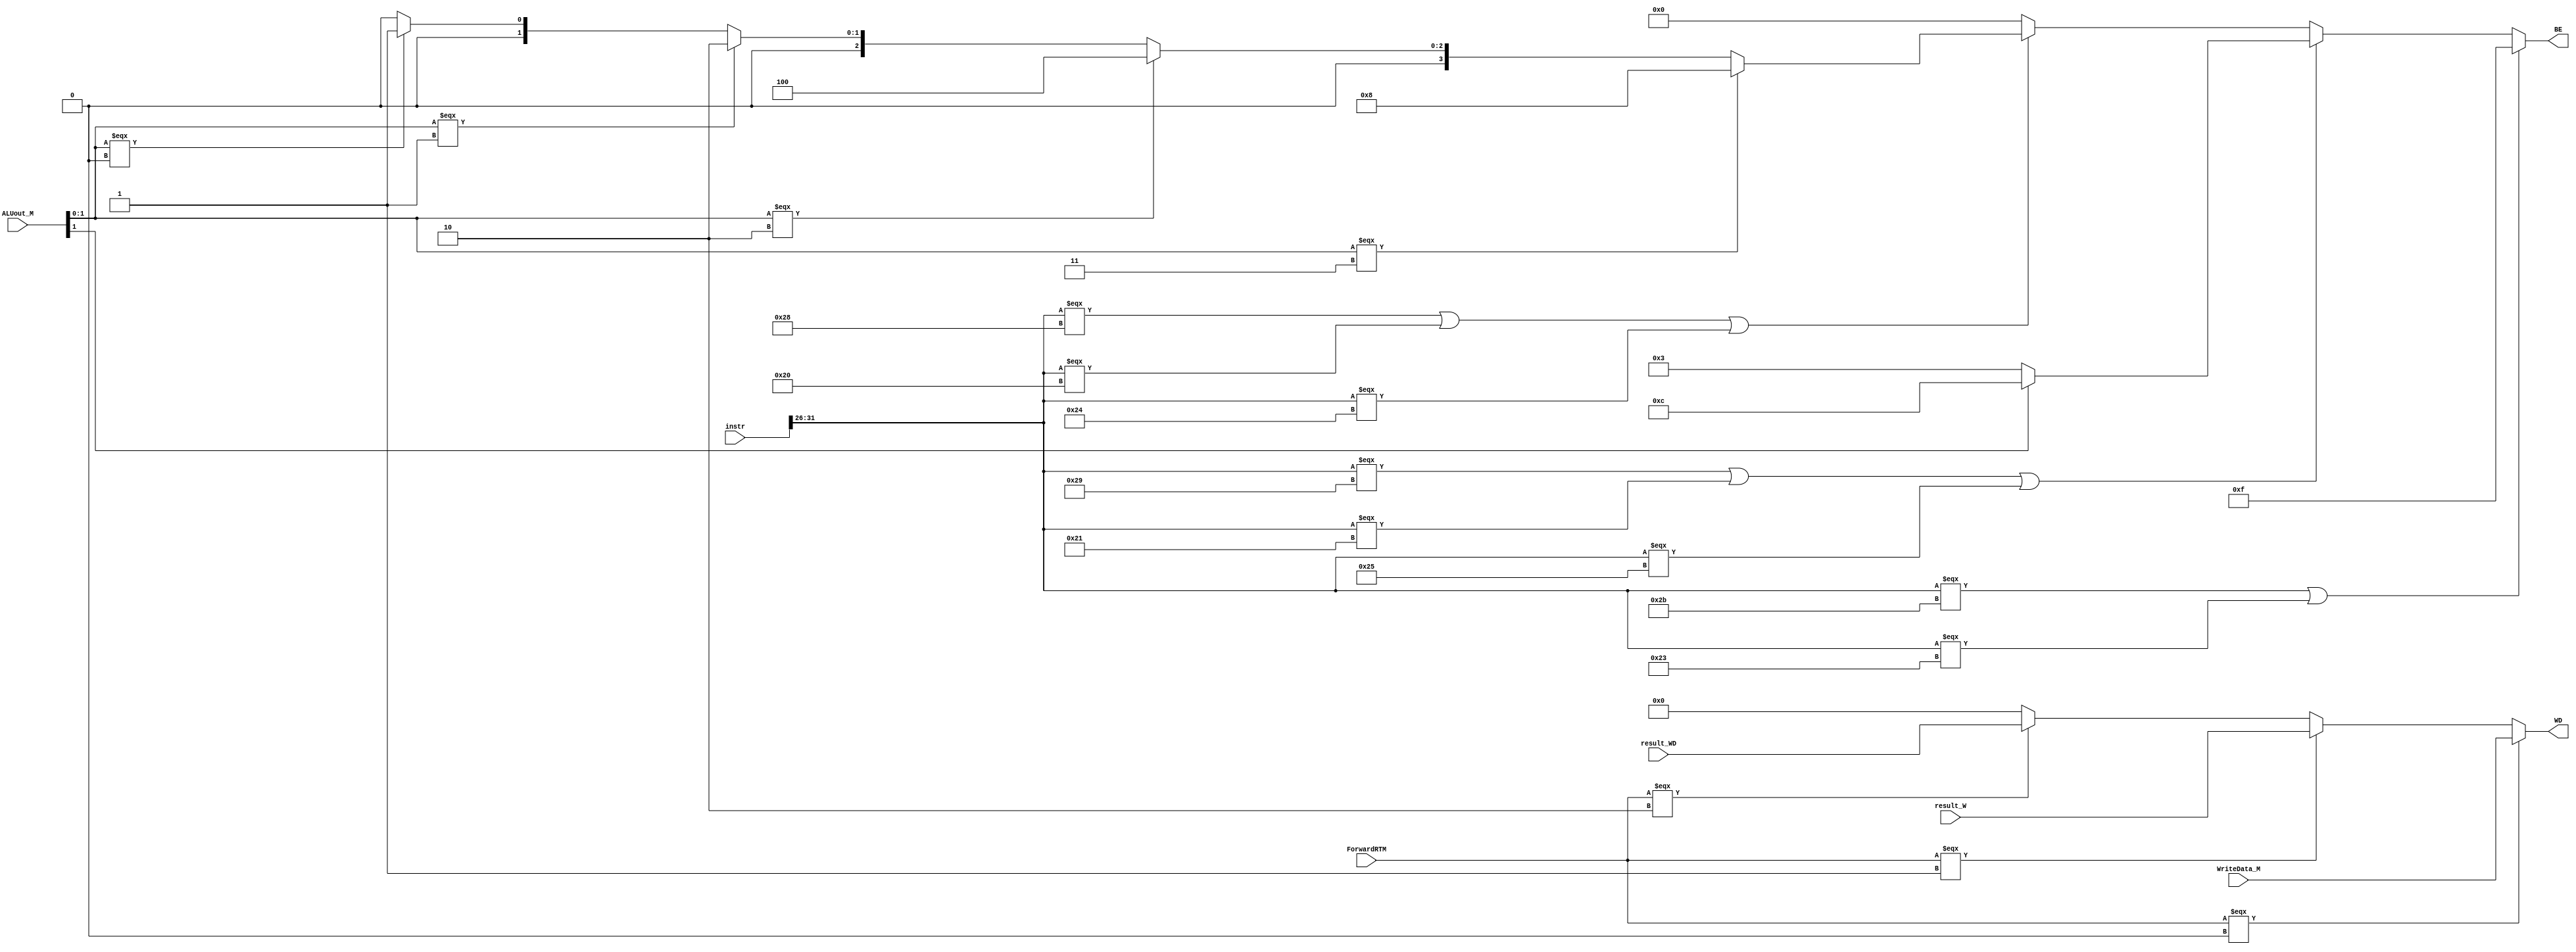
`timescale 1ns / 1ps
//////////////////////////////////////////////////////////////////////////////////
// Company: 
// Engineer: 
// 
// Design Name: 
// Module Name:    MEM_MUX 
// Project Name: 
// Target Devices: 
// Tool versions: 
// Description: 
//
// Dependencies: 
//
// Revision: 
// Revision 0.01 - File Created
// Additional Comments: 
//
//////////////////////////////////////////////////////////////////////////////////
`define SB instr[31:26] === 6'b101000
`define SH instr[31:26] === 6'b101001
`define SW instr[31:26] === 6'b101011
`define LB instr[31:26] === 6'b100000
`define LBU instr[31:26] === 6'b100100
`define LH instr[31:26] === 6'b100001
`define LHU instr[31:26] === 6'b100101
`define LW instr[31:26] === 6'b100011

module MEM_MUX(
	 input [1:0] ForwardRTM,
	 input [31:0] instr,
	 input [31:0] ALUout_M,
	 input [31:0] result_W,
	 input [31:0] result_WD,
	 input [31:0] WriteData_M,
	 output [3:0] BE,
	 output [31:0] WD
    );
	 
	 assign WD = (ForwardRTM===2'b00)?WriteData_M:
					 (ForwardRTM===2'b01)?result_W:
					 (ForwardRTM===2'b10)?result_WD:32'b0;
					 
	 assign BE = (`SW || `LW)?4'b1111:
					 (`SH || `LH || `LHU)?((ALUout_M[1])?4'b1100:4'b0011):
					 (`SB || `LB || `LBU)?((ALUout_M[1:0]===3)?4'b1000:
												  (ALUout_M[1:0]===2)?4'b0100:
												  (ALUout_M[1:0]===1)?4'b0010:
												  (ALUout_M[1:0]===0)?4'b0001:0):0;


endmodule